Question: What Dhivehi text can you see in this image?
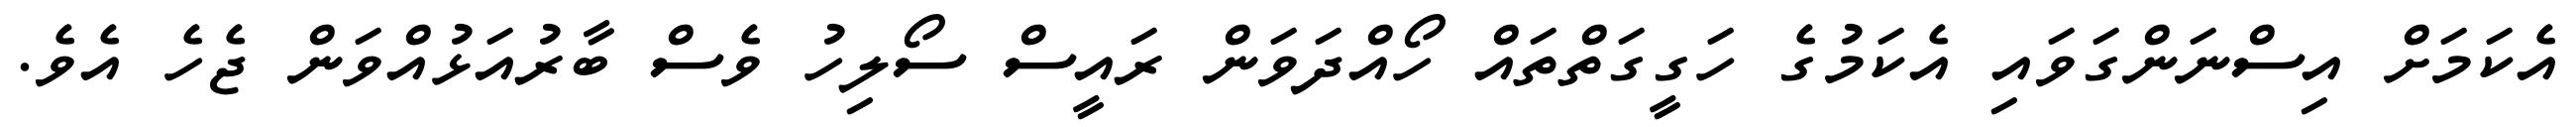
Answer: އެކަމަށް އިސްނަންގަވައި އެކަމުގެ ހަގީގަތްތައް ހޯއްދަވަން ރައީސް ސޯލިހު ވެސް ބާރުއަޅުއްވަން ޖެހެ އެވެ.